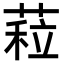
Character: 𦷏